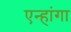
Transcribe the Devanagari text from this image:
एन्हांगा